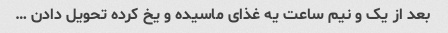
بعد از یک و نیم ساعت یه غذای ماسیده و یخ کرده تحویل دادن …